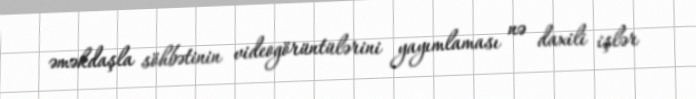
əməkdaşla söhbətinin videogörüntülərini yayımlaması nə daxili işlər